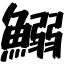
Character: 鰯